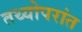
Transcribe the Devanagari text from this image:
तथ्योपरांत